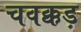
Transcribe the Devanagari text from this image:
चवक्कड़